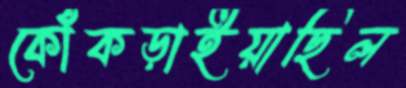
কোঁকড়াইয়াছিল